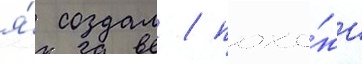
я́ создал / похо́жи